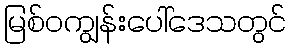
မြစ်ဝကျွန်းပေါ်ဒေသတွင်